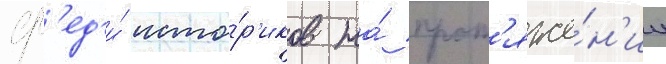
ср'ед'и́ исто́р'иков на́ прот'яже́н'ии